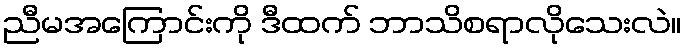
ညီမအကြောင်းကို ဒီထက် ဘာသိစရာလိုသေးလဲ။